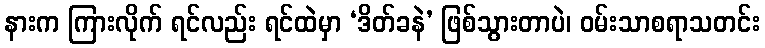
နားက ကြားလိုက် ရင်လည်း ရင်ထဲမှာ ‘ဒိတ်ခနဲ’ ဖြစ်သွားတာပဲ၊ ဝမ်းသာစရာသတင်း